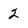
Character: 2